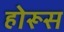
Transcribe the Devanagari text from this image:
होरूस